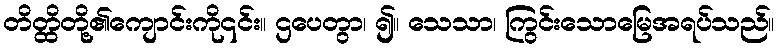
တိတ္ထိတို့၏ကျောင်းကို၎င်း။ ဌပေတွာ၊ ၍။ သေသာ၊ ကြွင်းသောမြေအရပ်သည်။